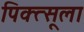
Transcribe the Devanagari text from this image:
पिक्त्सूला